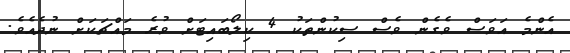
އެންމެ އަވަސް ވެގެން ވެސް ސިކުންތަކު 4 ކިލޯބައިޓަށް ވުރެ މައްޗަކަށް ނުދެއެވެ.